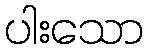
ပါးသော